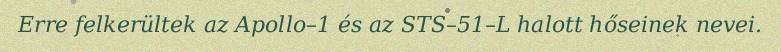
Erre felkerültek az Apollo–1 és az STS–51–L halott hőseinek nevei.